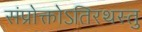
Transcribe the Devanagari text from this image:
संप्रोक्तोऽतिरथस्तु